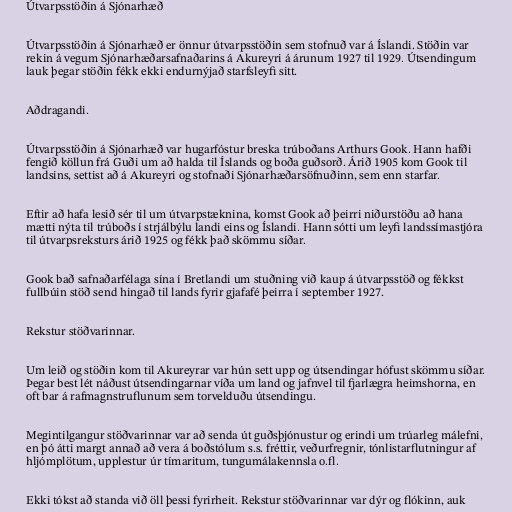
Útvarpsstöðin á Sjónarhæð

Útvarpsstöðin á Sjónarhæð er önnur útvarpsstöðin sem stofnuð var á Íslandi. Stöðin var
rekin á vegum Sjónarhæðarsafnaðarins á Akureyri á árunum 1927 til 1929. Útsendingum
lauk þegar stöðin fékk ekki endurnýjað starfsleyfi sitt.

Aðdragandi.

Útvarpsstöðin á Sjónarhæð var hugarfóstur breska trúboðans Arthurs Gook. Hann hafði
fengið köllun frá Guði um að halda til Íslands og boða guðsorð. Árið 1905 kom Gook til
landsins, settist að á Akureyri og stofnaði Sjónarhæðarsöfnuðinn, sem enn starfar.

Eftir að hafa lesið sér til um útvarpstæknina, komst Gook að þeirri niðurstöðu að hana
mætti nýta til trúboðs í strjálbýlu landi eins og Íslandi. Hann sótti um leyfi landssímastjóra
til útvarpsreksturs árið 1925 og fékk það skömmu síðar.

Gook bað safnaðarfélaga sína í Bretlandi um stuðning við kaup á útvarpsstöð og fékkst
fullbúin stöð send hingað til lands fyrir gjafafé þeirra í september 1927.

Rekstur stöðvarinnar.

Um leið og stöðin kom til Akureyrar var hún sett upp og útsendingar hófust skömmu síðar.
Þegar best lét náðust útsendingarnar víða um land og jafnvel til fjarlægra heimshorna, en
oft bar á rafmagnstruflunum sem torvelduðu útsendingu.

Megintilgangur stöðvarinnar var að senda út guðsþjónustur og erindi um trúarleg málefni,
en þó átti margt annað að vera á boðstólum s.s. fréttir, veðurfregnir, tónlistarflutningur af
hljómplötum, upplestur úr tímaritum, tungumálakennsla o.fl.

Ekki tókst að standa við öll þessi fyrirheit. Rekstur stöðvarinnar var dýr og flókinn, auk